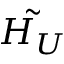
\tilde { H _ { U } }